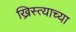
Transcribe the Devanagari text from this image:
ख्रिस्त्याच्या